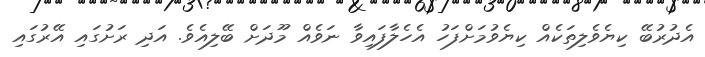
އެދުރުބޭ ކިޔެވެލިތަކެއް ކިޔެވުމަށްފަހު އެހެލާފައިވާ ނަވެއް މޫދަށް ބޭލިއެވެ. އަދި ރަށުގައި އޭރުގައި